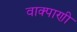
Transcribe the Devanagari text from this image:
वाक्पाणी